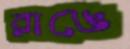
রাঙে